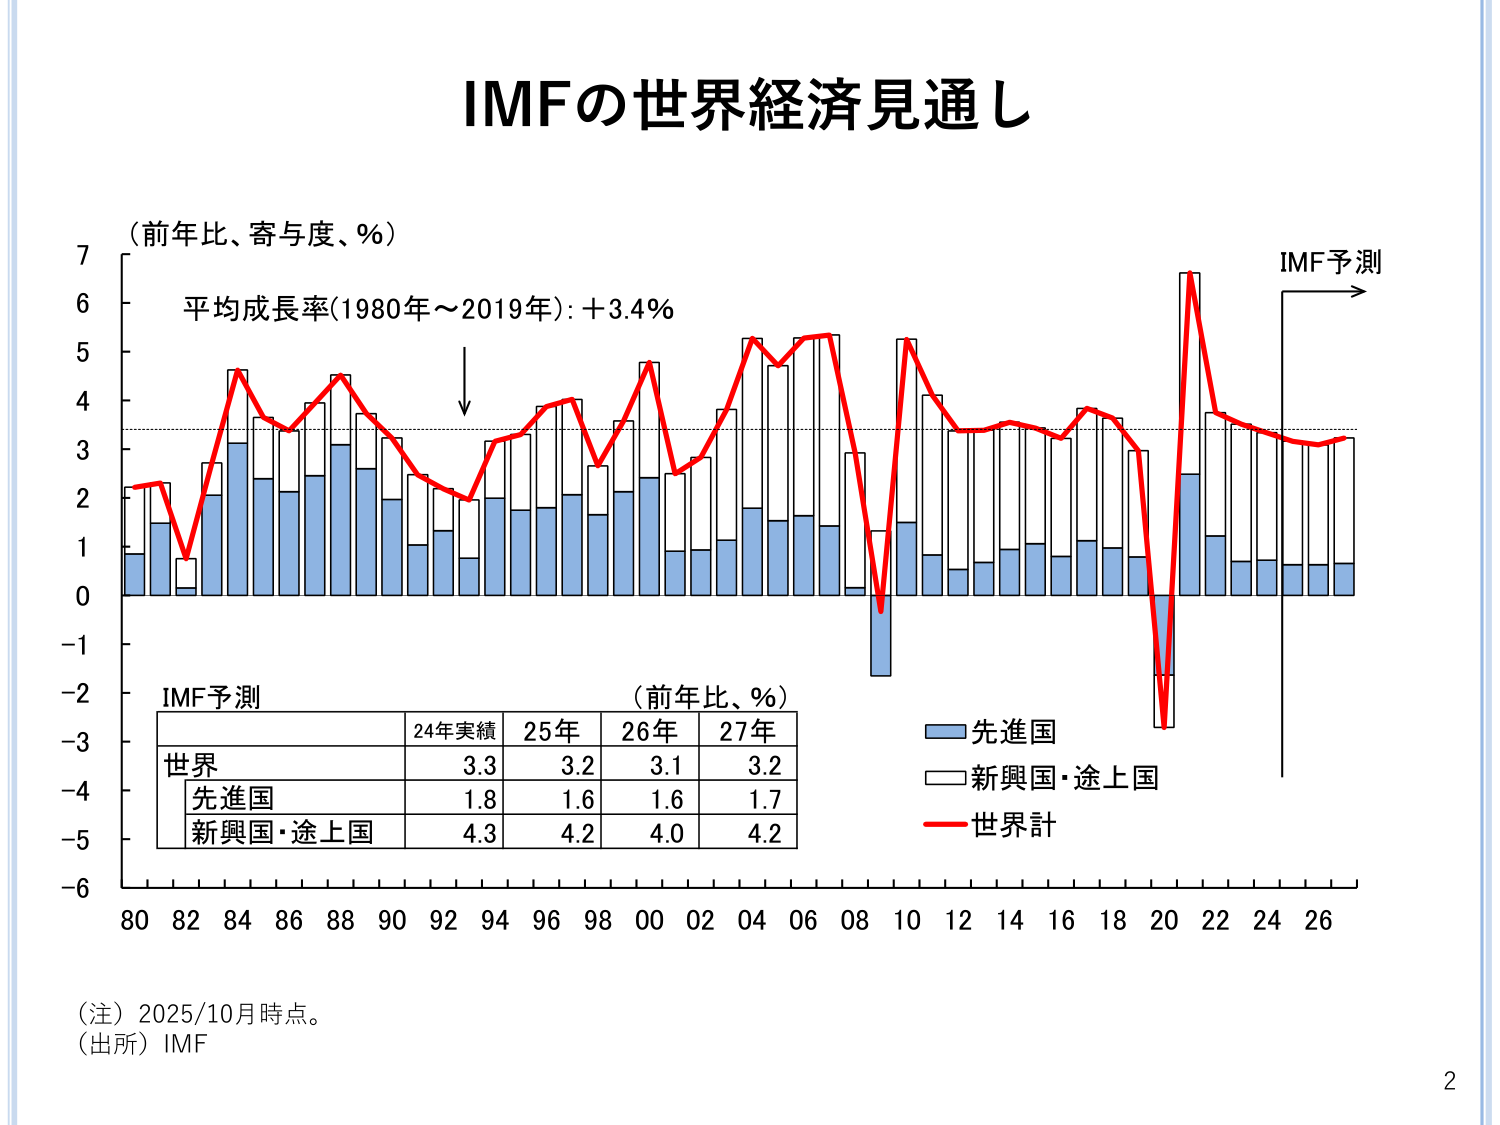
IMFの世界経済見通し

（前年比、寄与度、％）
平均成長率（1980年～2019年）：＋3.4％

IMF予測
（前年比、％）
24年実績　25年　26年　27年
世界　　　3.3　3.2　3.1　3.2
　先進国　1.8　1.6　1.6　1.7
　新興国・途上国　4.3　4.2　4.0　4.2

（注）2025/10月時点。
（出所）IMF

IMF予測
→

■先進国
□新興国・途上国
—世界計

80 82 84 86 88 90 92 94 96 98 00 02 04 06 08 10 12 14 16 18 20 22 24 26

2